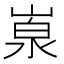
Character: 𡺙